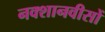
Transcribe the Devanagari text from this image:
नक्शानवीसों